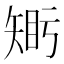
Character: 𥏦